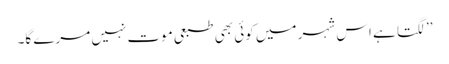
’’لگتا ہے اس شہر میں کوئی بھی طبعی موت نہیں مرے گا۔